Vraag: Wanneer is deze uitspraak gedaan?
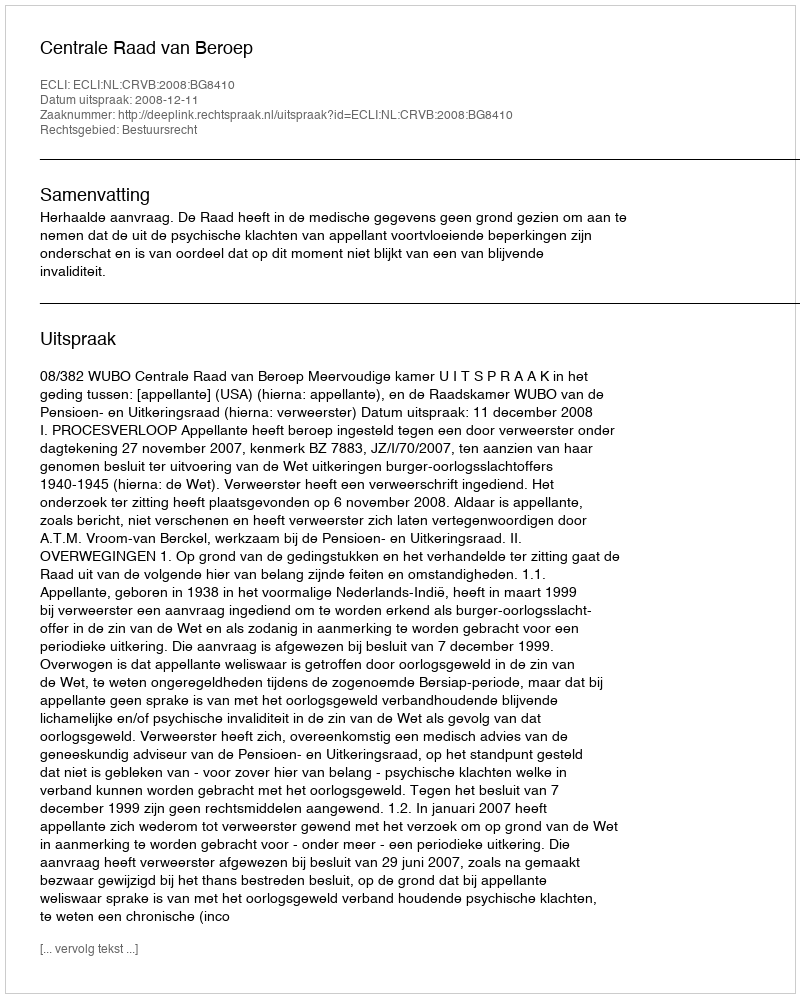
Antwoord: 2008-12-11